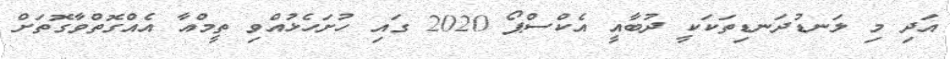
އަދި މި ލަނޑުދަނޑިތަކަކީ ދުބާއީ އެކްސްޕޯ 2020 ގައި ހުށަހެޅުއްވި ތީމްއާ އެއްގޮތްވާގޮތަށް